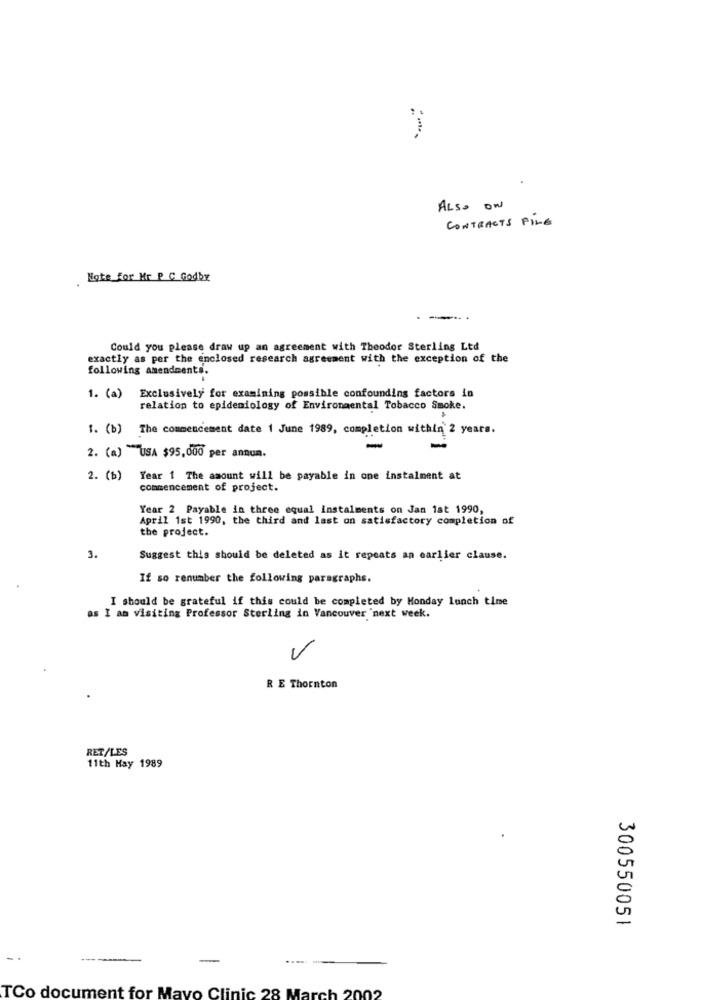
ALSO ON
CONTRACTS FINE
Note for Mr P C Godby
Could you please draw up an agreement with Theodor Sterling Ltd
exactly as per the enclosed research agreement with the exception of the
following amendments.
1. (a) Exclusively for examining possible confounding factors in
relation to epidemiology of Environmental Tobacco Smoke.
1. (b) The commencement date 1 June 1989, completion within 2 years.
2. (a) USA $95,000 per annum.
2. (b) Year 1 The amount will be payable in one instalment at
commencement of project.
Year 2 Payable in three equal instalments on Jan 1at 1990,
April 1st 1990, the third and last on satisfactory completion of
the project.
3.
Suggest this should be deleted as it repeats an earlier clause.
If so renumber the following paragraphs.
I should be grateful if this could be completed by Monday lunch time
as I am visiting Professor Sterling in Vancouver "next week.
V
R E Thornton
RET/LES
11th Hay 1989
300550051
-
TCo document for Mayo Clinic 28 March 2002